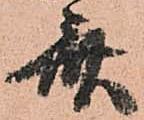
斎